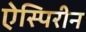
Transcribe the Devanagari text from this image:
ऐस्पिरीन